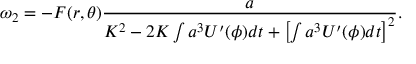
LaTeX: \omega _ { 2 } = - F ( r , \theta ) \frac { a } { K ^ { 2 } - 2 K \int a ^ { 3 } U ^ { \prime } ( \phi ) d t + \left[ \int a ^ { 3 } U ^ { \prime } ( \phi ) d t \right] ^ { 2 } } .